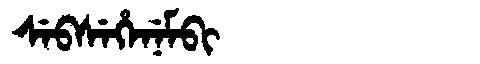
Manchu: ᠰᡝᠪᠰᡝᡥᡝᠨᡝᠮᠪᡳ
Romanization: SEBSEHENEMBI